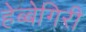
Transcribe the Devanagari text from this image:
हेब्बेगिरी